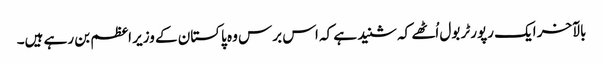
بالآخر ایک رپورٹر بول اُٹھے کہ شنید ہے کہ اس برس وہ پاکستان کے وزیر اعظم بن رہے ہیں۔